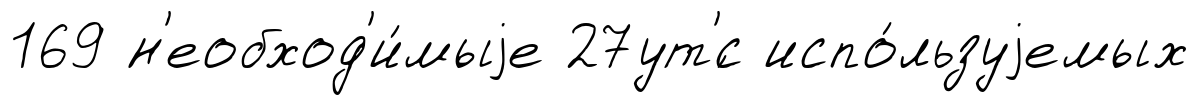
169 н'еобход'и́мыjе 27ут'́с испо́льзуjемых